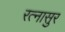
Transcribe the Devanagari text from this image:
रत्‍नासुर